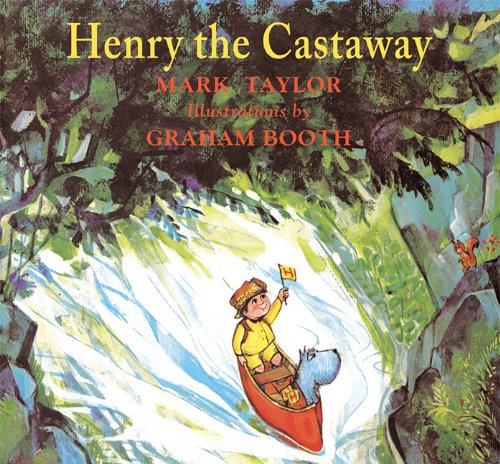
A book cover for Henry the Castaway; Mark Taylor; Children's Books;